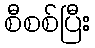
စီစစ်ပြီး